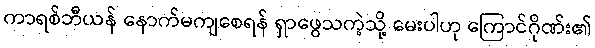
ကာရစ်ဘီယန် နောက်မကျစေရန် ရှာဖွေသကဲ့သို့ မေးပါဟု ကြောင်ဂိုဏ်း၏